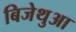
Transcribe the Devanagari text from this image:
बिजेथुआ